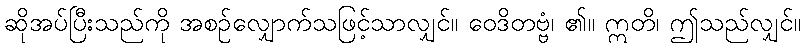
ဆိုအပ်ပြီးသည်ကို အစဉ်လျှောက်သဖြင့်သာလျှင်။ ဝေဒိတဗ္ဗံ၊ ၏။ ဣတိ၊ ဤသည်လျှင်။